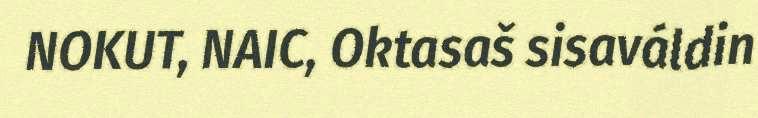
NOKUT, NAIC, Oktasaš sisaváldin